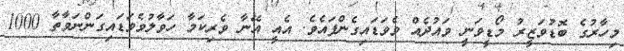
މިހާރުގެ ބޮޑުވަޒީރު މޯޑީވަނީ ވައުދެއް ވެވަޑައިގެންފައެވެ. އެއީ އޭނާ ވެރިކަމާ ހަވާލުވެވަޑައިގަންނަވާތާ 1000